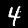
Label: 4